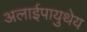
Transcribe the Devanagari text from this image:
अलाईपायुथेय